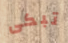
تبكى